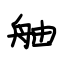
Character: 舳